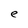
Character: e